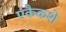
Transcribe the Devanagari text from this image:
एकैकशे